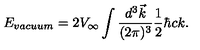
E _ { \small v a c u u m } = 2 V _ { \infty } \int { \frac { d ^ { 3 } \vec { k } } { ( 2 \pi ) ^ { 3 } } } { \frac { 1 } { 2 } } \hbar c k .